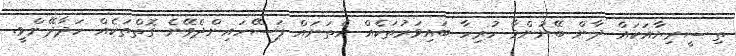
ތި ސީރިޔާއަކައް ދާން ބޭނުންވާ ހުރިހާ ބައިވަރުތަކެއް އެތަނައް ފަސޭހައިންދެވޭނެ ގޮތްތަކެއް ހަދާދޭންވީ.